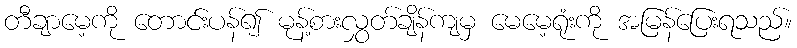
တီချာမေ့ကို တောင်းပန်၍ မုန့်စားလွှတ်ချိန်ကျမှ မေမေ့ရုံးကို အမြန်ပြေးရသည်။